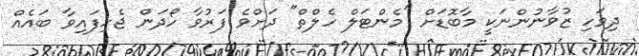
ދިވަހި ޒުވާނުންނަކީ މާބޮޑަށް "މެންޓަލް ހެލްތް" ދަށްވެ ފަރުވާ ހޯދަން ޖެހިފައިވާ ބައެއް